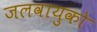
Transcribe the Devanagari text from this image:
जलवायुको